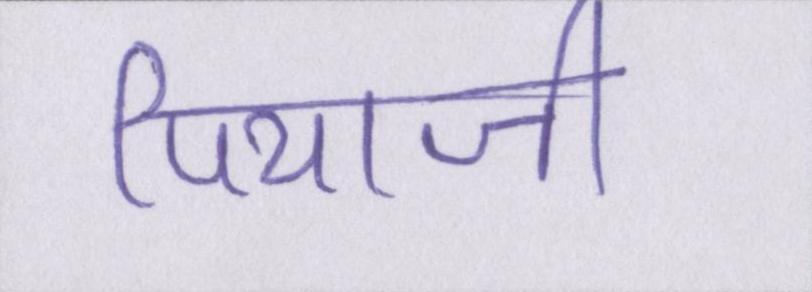
पियाजी